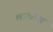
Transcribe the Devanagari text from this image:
लात्वीया